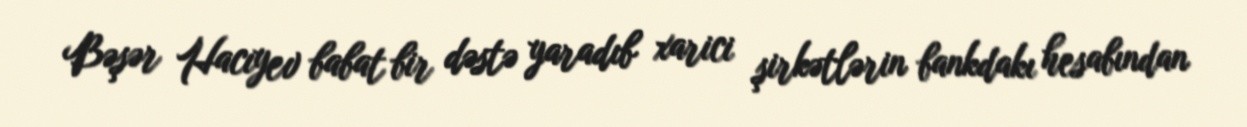
Bəşər Hacıyev babat bir dəstə yaradıb xarici şirkətlərin bankdakı hesabından